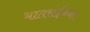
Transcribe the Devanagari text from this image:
भातसईच्या